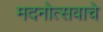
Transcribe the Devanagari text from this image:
मदनोत्सवाचे